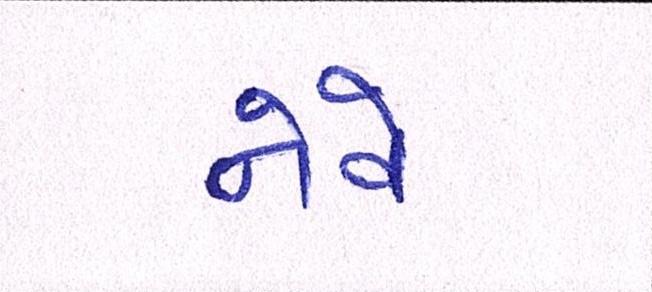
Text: નેવે